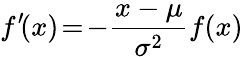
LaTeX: f^{\prime}\! (x)\! =\! -\! \, {\frac{x-\mu}{\sigma^{2}}}f(x)